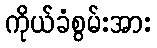
ကိုယ်ခံစွမ်းအား